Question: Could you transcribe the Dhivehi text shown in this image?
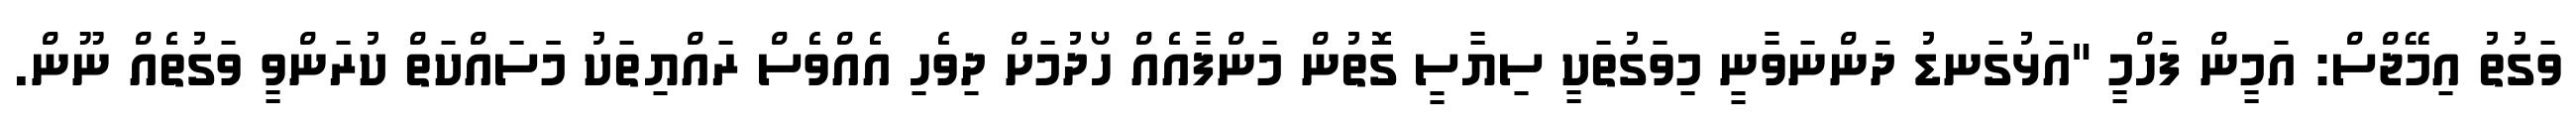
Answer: ވަގުތު އިމޭޖްސް: އަމީން ފަހްމީ "އަޅުގަނޑު ދަންނަވާނީ މިވަގުތަކީ ސިޔާސީ ގޮތުން މަންފާއެއް ހޯދުމަށް ދިވެހި އެއްވެސް ރައްޔިތަކު މަަސައްކަތް ކުރަންވީ ވަގުތެއް ނޫން.